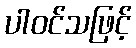
ပါဝင်သဖြင့်